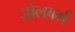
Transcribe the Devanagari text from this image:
ज़ोलबर्ग